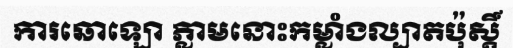
ការឆោឡោ ភ្លាមនោះកម្លាំងល្បាតប៉ុស្តិ៍